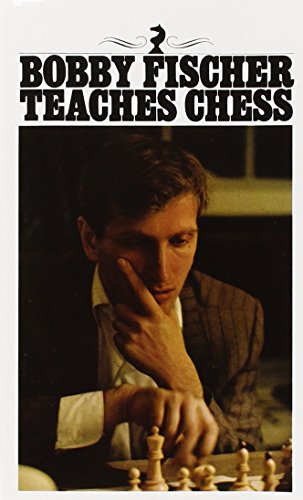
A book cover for Bobby Fischer Teaches Chess; Bobby Fischer; Humor & Entertainment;